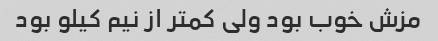
مزش خوب بود ولی کمتر از نیم کیلو بود